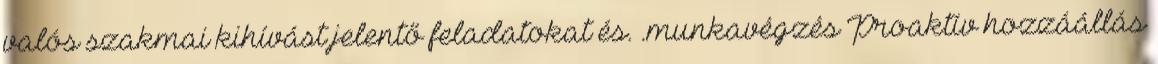
valós szakmai kihívást jelentő feladatokat és. .munkavégzés Proaktív hozzáállás